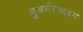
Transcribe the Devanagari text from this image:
बुअर्गरक्राइग